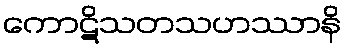
ကောဋိသတသဟဿာနိ